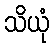
သိယုံ